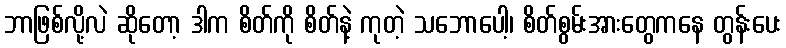
ဘာဖြစ်လို့လဲ ဆိုတော့ ဒါက စိတ်ကို စိတ်နဲ့ ကုတဲ့ သဘောပေါ့၊ စိတ်စွမ်းအားတွေကနေ တွန်းပေး